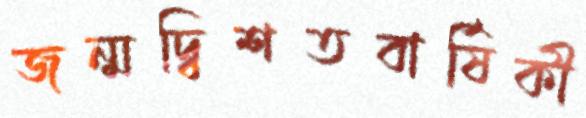
জন্মদ্বিশতবার্ষিকী